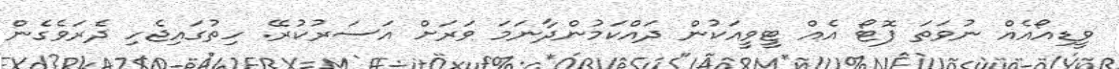
ވީޑިއޯއެއް ނުވަތަ ފޮޓޯ އެއް ޓީވީއަކުން ދައްކަމުންދާނަމަ ވަރަށް އަސަރުކުރޭ. ހިތުގައިޖެހި ދެރަވެގެން